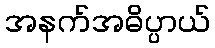
အနက်အဓိပ္ပာယ်